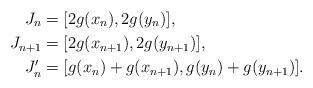
LaTeX: \begin{align*} J_n & = [2g(x_n), 2g(y_n)],\\ J_{n+1} & = [2g(x_{n+1}), 2g(y_{n+1})],\\ J_n' & = [g(x_n)+g(x_{n+1}), g(y_n) + g(y_{n+1})].\end{align*}